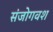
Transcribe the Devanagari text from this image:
संजोगवश